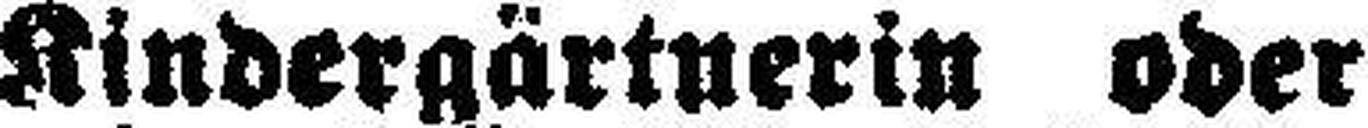
Kindergärtnerin oder